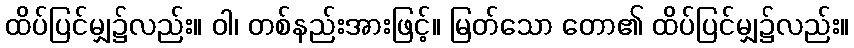
ထိပ်ပြင်မျှ၌လည်း။ ဝါ၊ တစ်နည်းအားဖြင့်။ မြတ်သော တော၏ ထိပ်ပြင်မျှ၌လည်း။